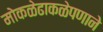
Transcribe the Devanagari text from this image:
मोकळेढाकळेपणाने